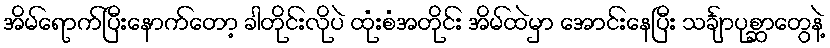
အိမ်ရောက်ပြီးနောက်တော့ ခါတိုင်းလိုပဲ ထုံးစံအတိုင်း အိမ်ထဲမှာ အောင်းနေပြီး သင်္ချာပုစ္ဆာတွေနဲ့